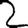
Digit: 2